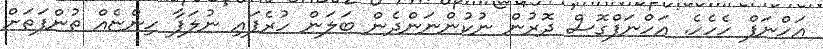
އަހްނަފް ހެހެހެ. އަހްނަފްގޮސް ދޮރުން ނުކުންނަންދެން ބަލަން ހުރެފައި ނުލަފާ ހިންޏެއް ތުންފަތަށް